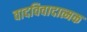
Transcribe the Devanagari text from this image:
वादविवादात्मक